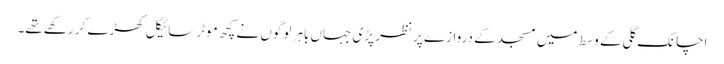
اچانک گلی کے وسط میں مسجد کے دروازے پر نظر پڑی جہاں باہر لوگوں نے کچھ موٹر سائیکل کھڑے کر رکھے تھے۔